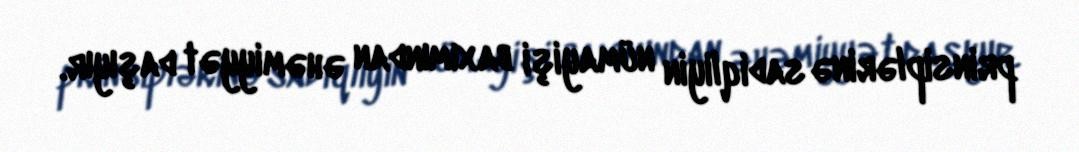
prinsiplərinə sadiqliyin nümayişi baxımından əhəmiyyət daşıyır.